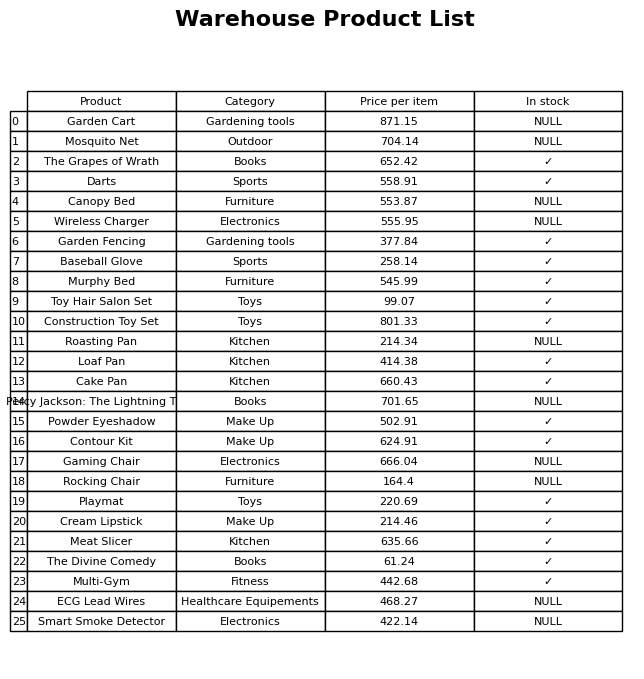
question: What category does the Cake Pan belong to?
answer: Kitchen